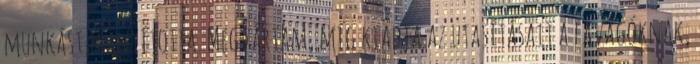
munkást irányította. Megvártam, míg kiadja az utasításait a favágóknak,